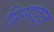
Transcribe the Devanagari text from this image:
प्रिसाइज़